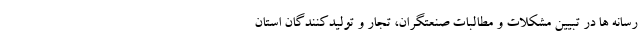
رسانه ها در تبیین مشکلات و مطالبات صنعتگران، تجار و تولیدکنندگان استان